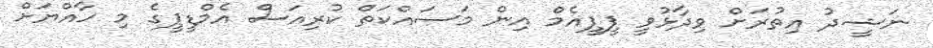
ނަޝީދު އިތުރަށް ވިދާޅުވީ ޕީޕީއެމް އިން މަސައްކަތް ކުރިއަސް އެމްޑީޕީގެ މި ހާއްޔަށް